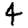
Digit: 4